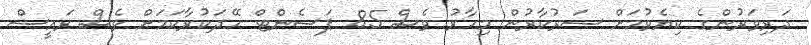
ދަރިވަރުންގެ ކިޔެވުމަށް ސަރުކާރުން މިހާރު ވެސް 85 ޕަސެންޓް ހޭދަކުރާކަމަށް ވެސް ރައީސް